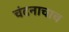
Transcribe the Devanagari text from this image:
चंदनाचाच